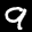
Label: 9